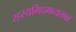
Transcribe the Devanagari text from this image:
रहस्यमिदमव्यक्तन्न